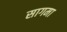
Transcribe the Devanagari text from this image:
सागमा